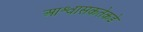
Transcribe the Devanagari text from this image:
आश्वासकतेकडे